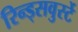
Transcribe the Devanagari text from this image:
रिन्ड्सवुर्स्टे